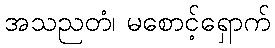
အသညတံ၊ မစောင့်ရှောက်